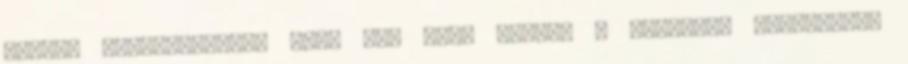
kisebb ellentmondás, mint az, hogy valami a semmiből származik,